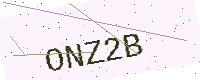
Text: ONZ2B